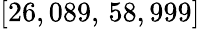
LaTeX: [26,089,\, 58,999]